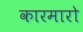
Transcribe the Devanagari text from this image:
कारमारो